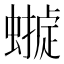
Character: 𧑺